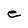
Character: e